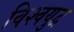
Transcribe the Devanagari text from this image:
विश्‍वयुद्व